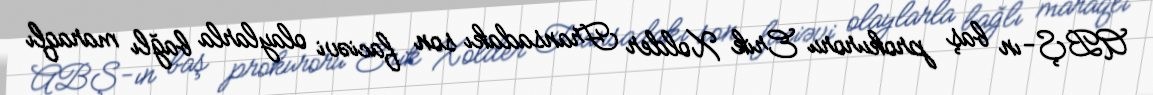
ABŞ-ın baş prokuroru Erik Xolder Fransadakı son faciəvi olaylarla bağlı maraqlı